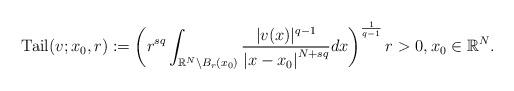
LaTeX: \begin{align*}\operatorname{Tail}(v ; x_{0}, r)&:=\left(r^{sq}\int_{\mathbb{R}^{N} \backslash B_{r}\left(x_{0}\right)} \frac{|v(x)|^{q-1}}{\left|x-x_{0}\right|^{N+s q}} d x\right)^{\frac{1}{q-1}} r>0, x_0\in\mathbb{R}^N.\end{align*}